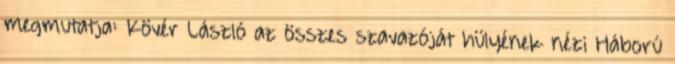
megmutatja: Kövér László az összes szavazóját hülyének nézi Háború